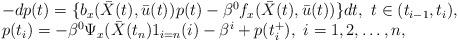
LaTeX: \begin{align*}\begin{array}[c]{ll}&-d{p}(t)= \{b_x(\bar{X}{(t)},\bar{u}(t))^{}p(t)-\beta^0f_x(\bar{X}{(t)},\bar{u}(t))\}dt,\ t\in(t_{i-1},t_{i}),\\&p(t_{i})= -\beta^0\Psi_{x}(\bar{X}(t_n)1_{i=n}(i)-\beta^i+p(t_{i}^{+}),\ i=1,2,\ldots,n,\end{array}\end{align*}